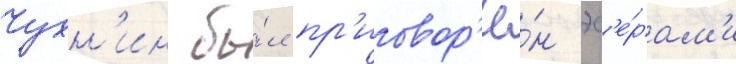
Чухн'ин бы́л пр'иговор'ё́н эс'е́рам'и